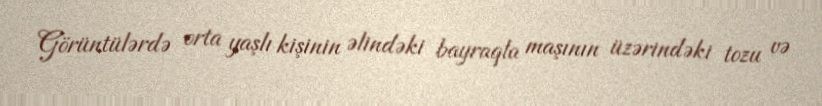
Görüntülərdə orta yaşlı kişinin əlindəki bayraqla maşının üzərindəki tozu və